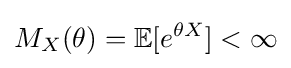
M_{X}(\theta )=\mathbb {E} [e^{\theta X}]<\infty